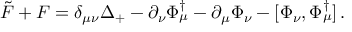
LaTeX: \tilde { F } + F = \delta _ { \mu \nu } \Delta _ { + } - \partial _ { \nu } \Phi _ { \mu } ^ { \dag } - \partial _ { \mu } \Phi _ { \nu } - [ \Phi _ { \nu } , \Phi _ { \mu } ^ { \dag } ] \, .